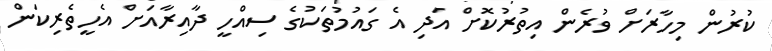
ކުރުން މިހާރަށް ވުރެން އިތުރުކޮށް އަދި އެ ގައުމުތަކުގެ ސިއްހީ ދާއިރާއަށް އެހީތެރިކަން